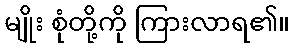
မျိုး စုံတို့ကို ကြားလာရ၏။